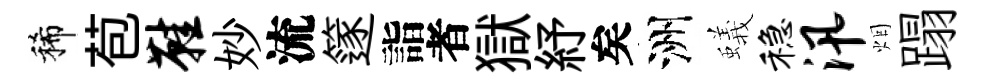
稀苞鞋妙流篴詣者獄紓矣洲蟻稳汛烟蹋